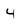
Character: 4